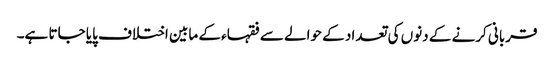
قربانی کرنے کے دنوں کی تعداد کے حوالے سے فقہاء کے مابین اختلاف پایا جاتا ہے۔